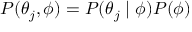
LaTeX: P ( \theta _ { j } , \phi ) = P ( \theta _ { j } \mid \phi ) P ( \phi )